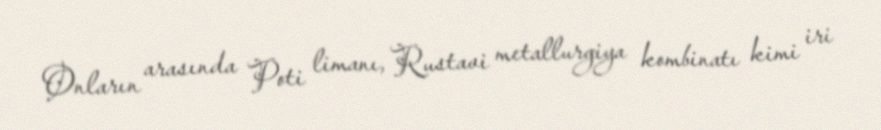
Onların arasında Poti limanı, Rustavi metallurgiya kombinatı kimi iri